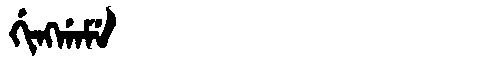
Manchu: ᡤᡳᠩᡤᠠᠮᡝ
Romanization: GINGGAME